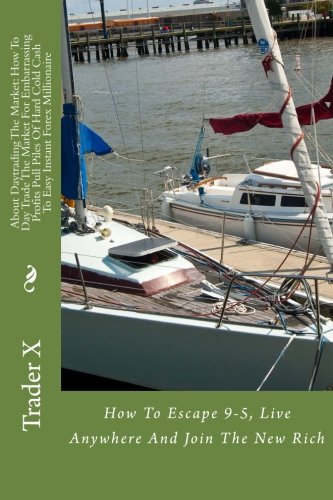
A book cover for About Daytrading The Market: How To Day Trade The Market For Embarrassing Profits Pull Piles Of Hard Cold Cash To Easy Instant Forex Millionaire: How To Escape 9-5, Live Anywhere And Join The New Rich; Trader X; Business & Money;